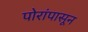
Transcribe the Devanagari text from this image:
पोरांपासून